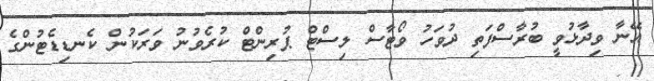
އޭނާ ވިދާޅުވީ ބުރާސްފަތި ދުވަހު ވޯޓާސް ލިސްޓް ޕުރިންޓް ކުރެވުނު ވަރަކުން ކެނޑިޑެޓުންގެ